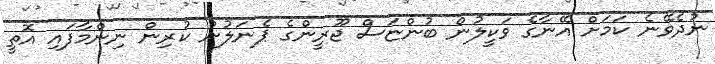
ނުދެވޭނެ ކަމަށް އޭނާގެ ވަކީލުން ބުންޏަސް ޖޫރީންގެ ޕެނަލުން ކުރިން ނިންމާފައި އޮތީ